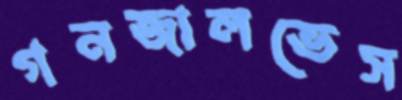
গনজালভেস